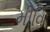
મીવિ